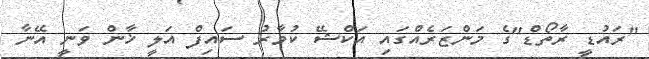
"ރައުޑީ ރާތޯޑް"ގެ މަންޒަރެއްގައި އަކްޝޭ ކުމާރު ސައިފް އަލީ ޚާން ވަނީ އޭނާ